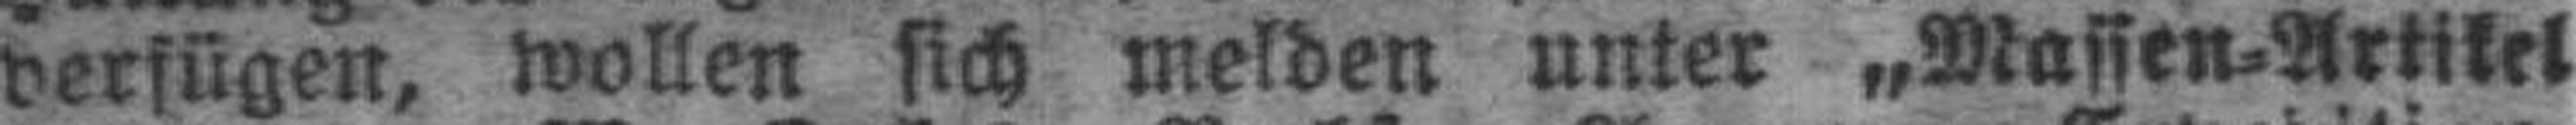
verfügen, wollen sich melden unter „Massen=Artikel